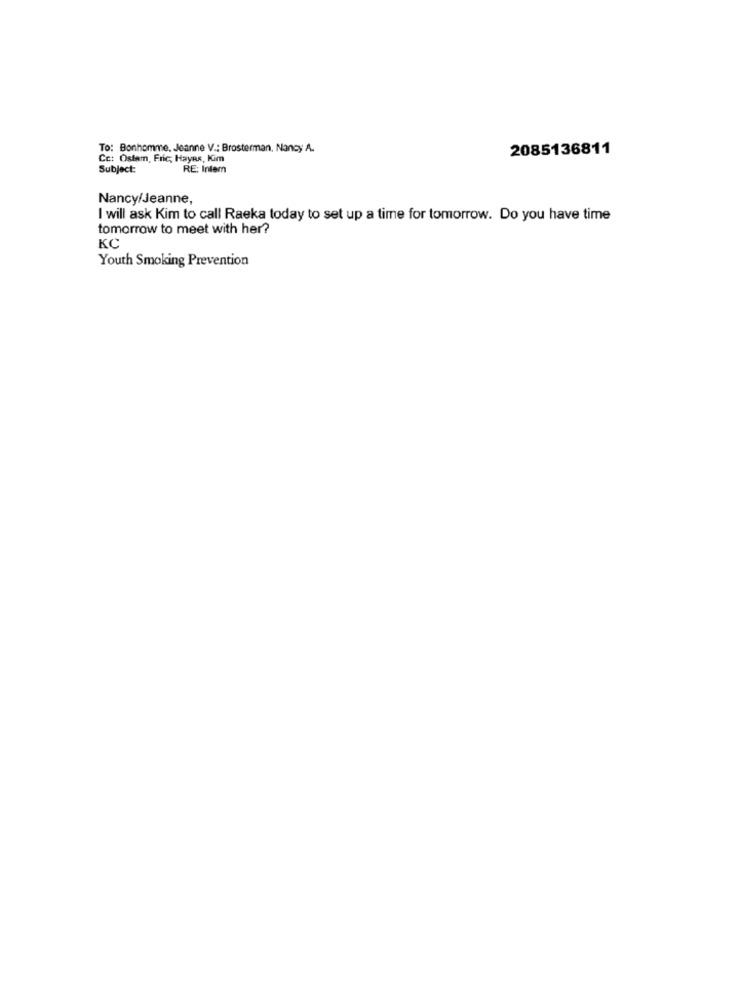
To: Bonhomme. Jeanne V .: Brosterman, Nancy A.
2085136811
Cc: Ostam, Fric; Hayes, Kim
Subject:
RE: Intem
Nancy/Jeanne,
I will ask Kim to call Raeka today to set up a time for tomorrow. Do you have time
tomorrow to meet with her?
KC
Youth Smoking Prevention